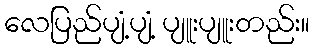
လေပြည်ပျံ့ပျံ့ ပျူးပျူးတည်း။